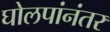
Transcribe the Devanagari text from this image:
घोलपांनंतर